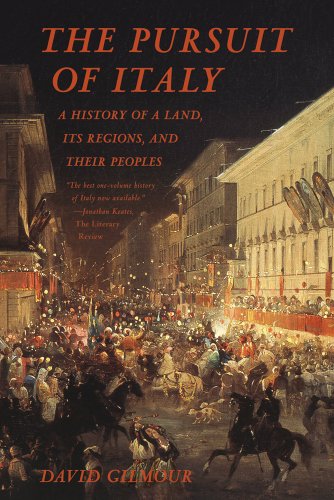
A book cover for The Pursuit of Italy: A History of a Land, Its Regions, and Their Peoples; David Gilmour; History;